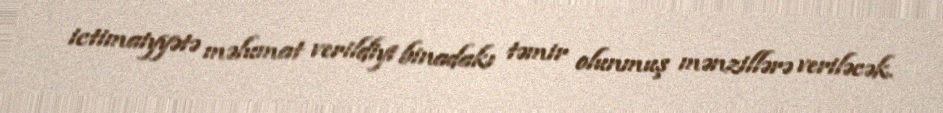
ictimaiyyətə məlumat verildiyi binadakı təmir olunmuş mənzillərə veriləcək.